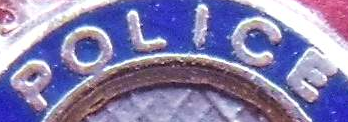
POLICE